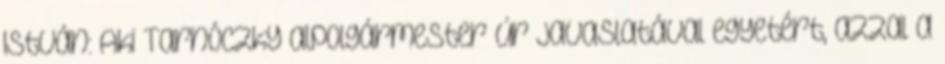
István: Aki Tarnóczky alpolgármester úr javaslatával egyetért, azzal a